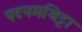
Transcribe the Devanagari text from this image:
पटनमथिट्टा